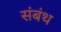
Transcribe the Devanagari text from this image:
संबंथ